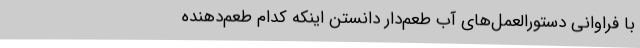
با فراوانی دستورالعمل‌های آب طعم‌دار دانستن اینکه کدام طعم‌دهنده